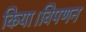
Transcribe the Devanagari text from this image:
किया।विपणन